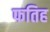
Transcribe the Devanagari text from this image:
फतिह